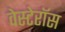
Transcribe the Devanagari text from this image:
वेस्टेरॉस